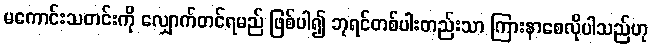
မကောင်းသတင်းကို လျှောက်တင်ရမည် ဖြစ်ပါ၍ ဘုရင်တစ်ပါးတည်းသာ ကြားနာစေလိုပါသည်ဟု